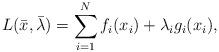
LaTeX: \begin{align*}L(\bar{x},\bar{\lambda})=\sum_{i=1}^{N}f_{i}(x_{i})+\lambda_{i}g_{i}(x_{i}),\end{align*}